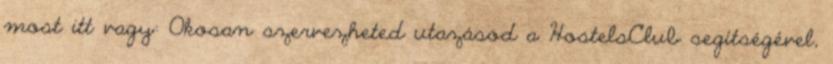
most itt vagy: Okosan szervezheted utazásod a HostelsClub segítségével,